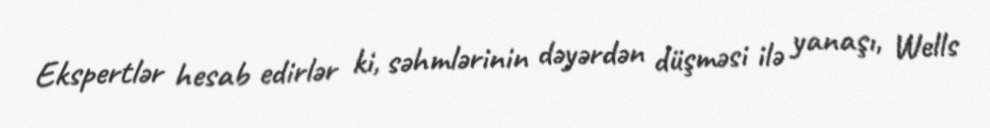
Ekspertlər hesab edirlər ki, səhmlərinin dəyərdən düşməsi ilə yanaşı, Wells